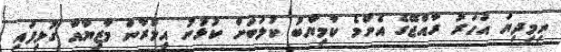
ނިމިދިޔަ އަހަރު ރާއްޖޭގެ އެންމެ ކާމިޔާބު ކުލަބަށް ކުޅުނު އިމްރާން މާޒިޔާއާ ގުޅިފައި